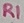
Text: R1